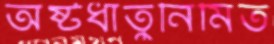
অষ্টধাতুনির্মিত